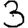
Digit: 3